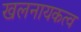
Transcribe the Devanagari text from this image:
खलनायकत्व